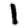
Digit: 1